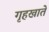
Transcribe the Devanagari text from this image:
गृहखाते